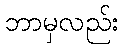
ဘာမှလည်း